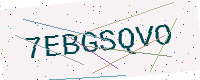
Text: 7EBGSQVO